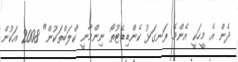
ދެން އެ މީހަކީ އެންމެ ރަނގަޅު ކެންޑިޑޭޓުތޯ ނިންމާނީ ކްލަބްތަކުން" 2008 އަކުން